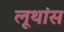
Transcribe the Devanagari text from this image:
लूथांस